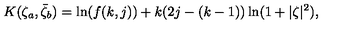
K ( \zeta _ { a } , \bar { \zeta } _ { b } ) = \ln ( f ( k , j ) ) + k ( 2 j - ( k - 1 ) ) \ln ( 1 + | \zeta | ^ { 2 } ) ,